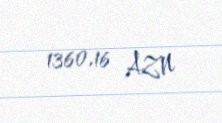
1360,16 AZN